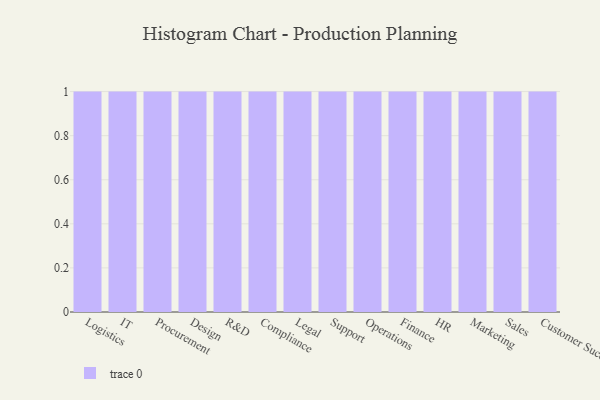
{"axis": {"x": "Department", "y": "Budget (USD K)"}, "legend": [""], "data": [{"x": "Logistics", "y": 8, "type": ""}, {"x": "IT", "y": 63, "type": ""}, {"x": "Procurement", "y": 17, "type": ""}, {"x": "Design", "y": 71, "type": ""}, {"x": "R&D", "y": 90, "type": ""}, {"x": "Compliance", "y": 15, "type": ""}, {"x": "Legal", "y": 95, "type": ""}, {"x": "Support", "y": 75, "type": ""}, {"x": "Operations", "y": 59, "type": ""}, {"x": "Finance", "y": 61, "type": ""}, {"x": "HR", "y": 93, "type": ""}, {"x": "Marketing", "y": 58, "type": ""}, {"x": "Sales", "y": 77, "type": ""}, {"x": "Customer Success", "y": 79, "type": ""}]}